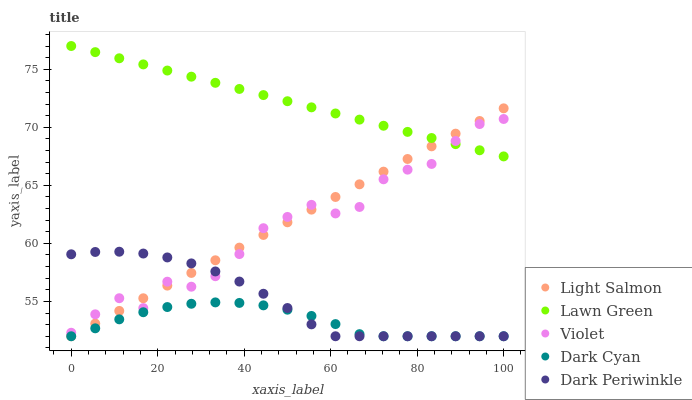
| xaxis_label | Light Salmon | Lawn Green | Violet | Dark Cyan | Dark Periwinkle |
 | --- | --- | --- | --- | --- | --- |
 | 0 | 52 | 77 | 52.3 | 52 | 59.1 |
 | 5.56 | 53.1 | 76.5 | 53.9 | 52.7 | 59.3 |
 | 11.1 | 54.2 | 75.9 | 55.3 | 53.5 | 59.3 |
 | 16.7 | 55.3 | 75.4 | 54.4 | 54.1 | 59.1 |
 | 22.2 | 56.4 | 74.9 | 56.7 | 54.5 | 58.8 |
 | 27.8 | 57.5 | 74.4 | 56.3 | 54.8 | 58.3 |
 | 33.3 | 58.5 | 73.8 | 57.2 | 54.9 | 57.6 |
 | 38.9 | 59.6 | 73.3 | 59.1 | 54.9 | 56.7 |
 | 44.4 | 60.7 | 72.8 | 61.3 | 54.7 | 55.7 |
 | 50 | 61.8 | 72.2 | 62.3 | 54.3 | 54.4 |
 | 55.6 | 62.9 | 71.7 | 63.3 | 53.7 | 53 |
 | 61.1 | 64 | 71.2 | 62.6 | 53 | 52 |
 | 66.7 | 65.1 | 70.7 | 63.1 | 52.2 | 52 |
 | 72.2 | 66.2 | 70.1 | 65.5 | 52 | 52 |
 | 77.8 | 67.3 | 69.6 | 66.3 | 52 | 52 |
 | 83.3 | 68.4 | 69.1 | 66.8 | 52 | 52 |
 | 88.9 | 69.5 | 68.5 | 68.8 | 52 | 52 |
 | 94.4 | 70.5 | 68 | 70.3 | 52 | 52 |
 | 100 | 71.6 | 67.5 | 70.7 | 52 | 52 |